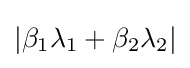
|\beta _{1}\lambda _{1}+\beta _{2}\lambda _{2}|